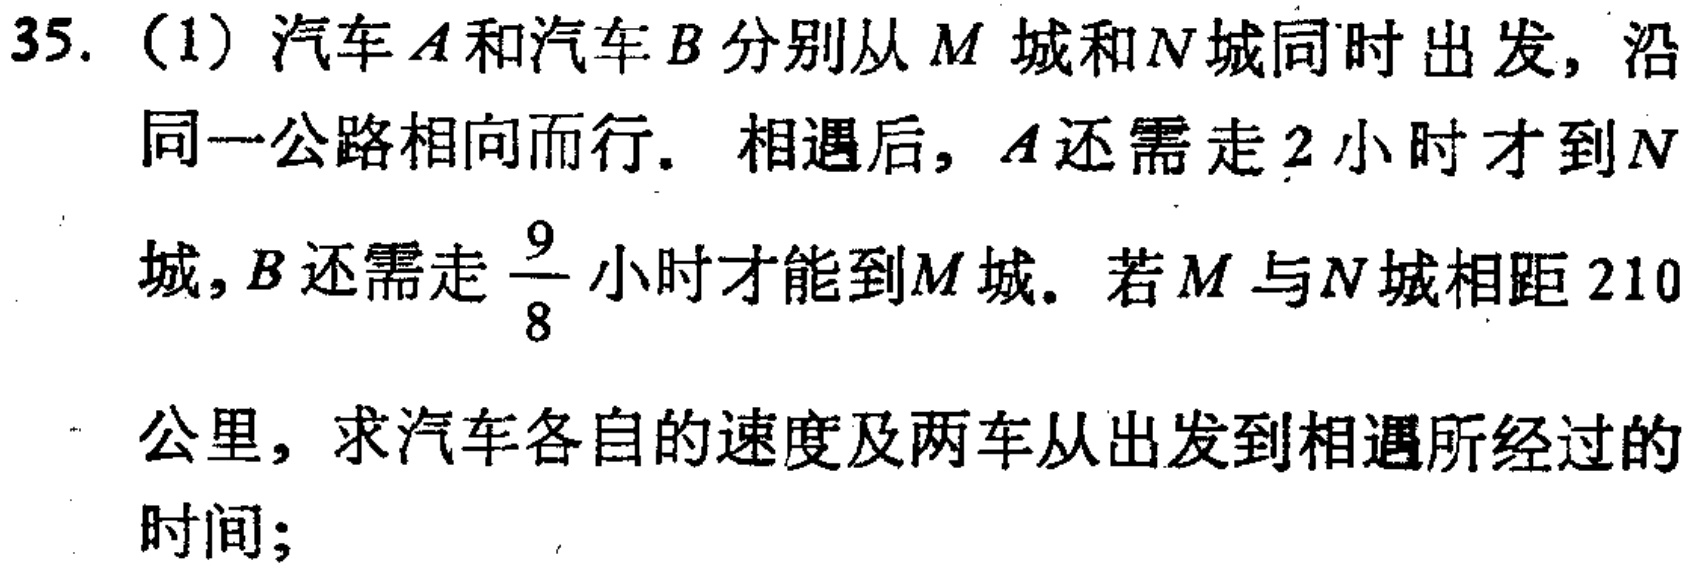
35.（1）汽车\(A\)和汽车\(B\)分别从\(M\)城和\(N\)城同时出发，沿同一公路相向而行. 相遇后，\(A\)还需走\(2\)小时才到\(N\)城，\(B\)还需走\(\frac{9}{8}\)小时才能到\(M\)城. 若\(M\)与\(N\)城相距\(210\)公里，求汽车各自的速度及两车从出发到相遇所经过的时间；